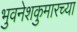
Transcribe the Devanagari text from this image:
भुवनेशकुमारच्या